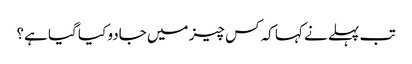
تب پہلے نے کہا کہ کس چیز میں جادو کیا گیا ہے؟